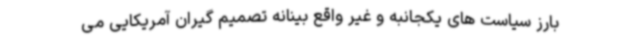
بارز سیاست های یکجانبه و غیر واقع بینانه تصمیم گیران آمریکایی می